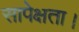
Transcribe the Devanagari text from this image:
सापेक्षता।